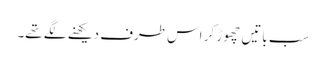
سب باتیں چھوڑ کر اس طرف دیکھنے لگے تھے۔